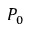
P _ { 0 }